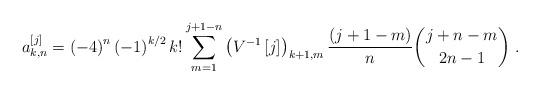
LaTeX: \begin{align*}a_{k,n}^{\left[ j\right] }=\left( -4\right) ^{n}\left( -1\right)^{k/2}k!\sum_{m=1}^{j+1-n}\left( V^{-1}\left[ j\right] \right)_{k+1,m}\frac{\left( j+1-m\right) }{n}\binom{j+n-m}{2n-1}\ .\end{align*}